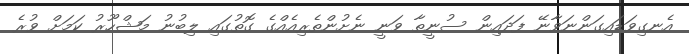
އެނގިވަޑައިގަންނަވާނޭ ފަދައިން ސުނީތާ ވަނީ ނެށުންތެރިއެއްގެ ގޮތުގައި ލިބުނު މަޝްހޫރު ކަމަށް ވުރެ